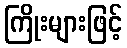
ကြိုးများဖြင့်